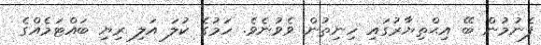
ފެނުމުން ބޭ އިޙްތިޔާރުގައި ހިނިތުން ވެވުނެވެ. ހަމުގެ ކުލަ އަލި ރިޔި ބައްޓަމެއްގެ